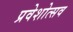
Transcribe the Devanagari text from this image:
प्रवेशोत्सव